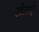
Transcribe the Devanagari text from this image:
खेलऐ